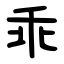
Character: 乖